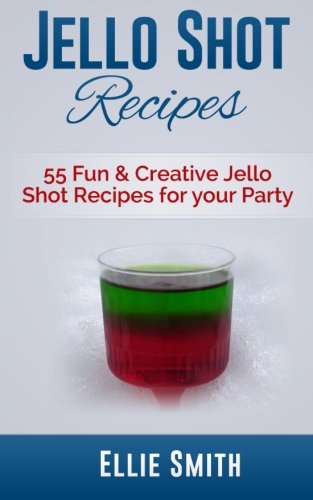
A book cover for Jello Shot Recipes: 55 Fun & Creative Jello Shot Recipes for your Party; Ellie Smith; Cookbooks, Food & Wine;